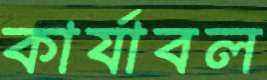
কার্যাবল